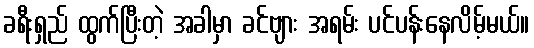
ခရီးရှည် ထွက်ပြီးတဲ့ အခါမှာ ခင်ဗျား အရမ်း ပင်ပန်းနေလိမ့်မယ်။